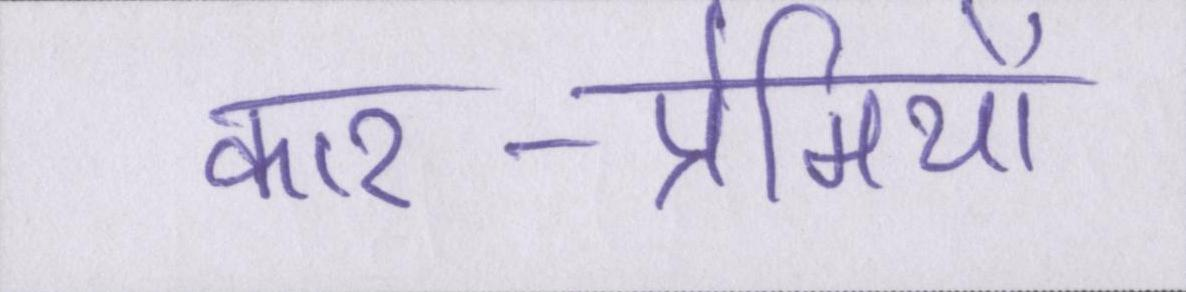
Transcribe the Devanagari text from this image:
कार-प्रेमियों